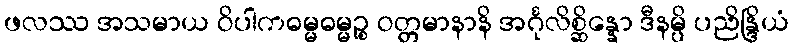
ဖလဿ အသမာယ ဝိပါကဓမ္မဓမ္မဉ္စ ဝတ္တမာနာနိ အင်္ဂုလိစ္ဆိန္နော ဒီနမ္ပိ ပညိန္ဒြိယံ